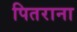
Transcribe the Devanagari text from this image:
पितराना